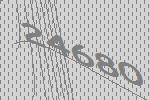
24680